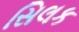
સિલક